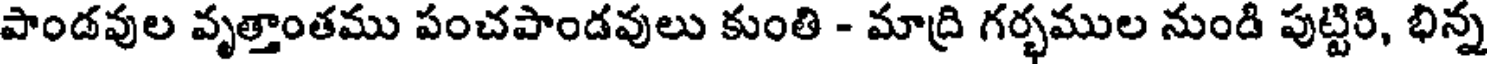
పాండవుల వృత్తాంతము పంచపాండవులు కుంతి - మాద్రి గర్భముల నుండి పుట్టిరి, భిన్న